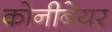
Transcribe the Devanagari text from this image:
कोनीबेयर